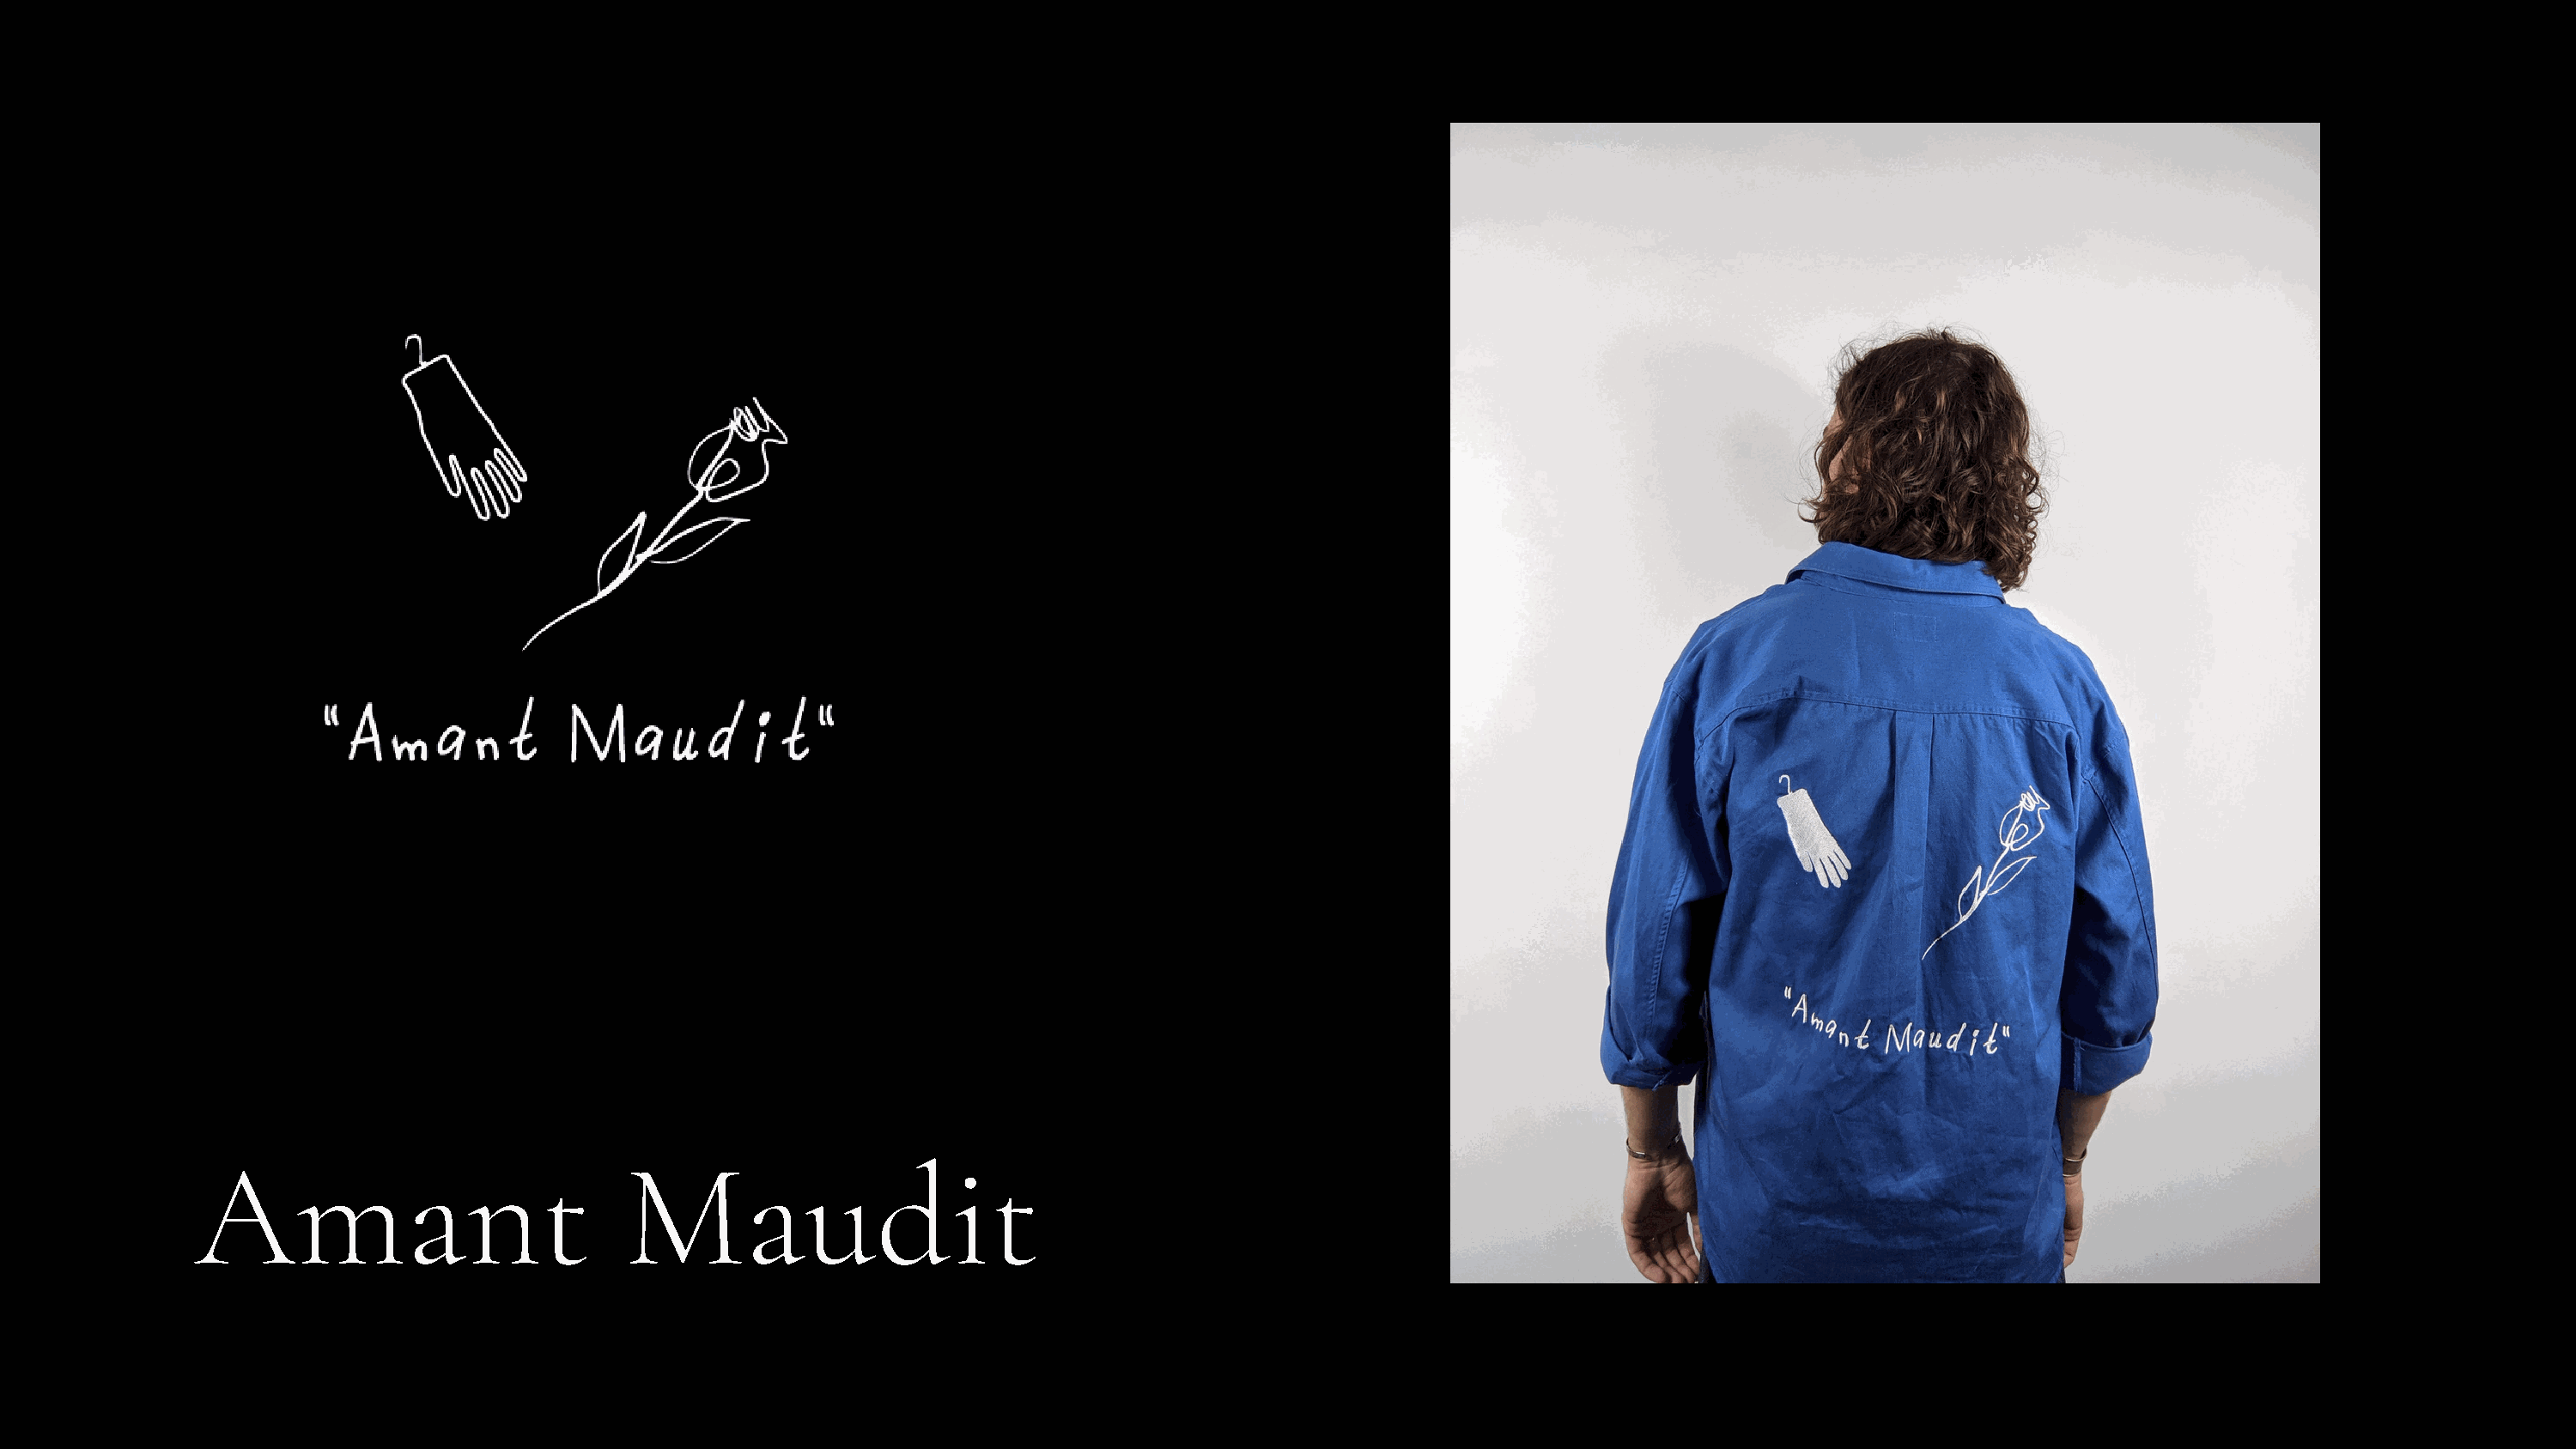
Amant                            Maudit